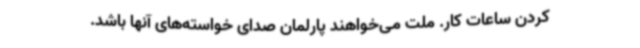
کردن ساعات کار. ملت می‌خواهند پارلمان صدای خواسته‌های آنها باشد.